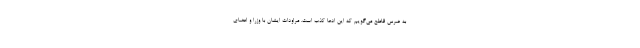
به ضرس قاطع می‌گویم که این ادعا کذب است. مراودات ایشان با وزرا و اعضای